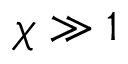
\chi \gg 1